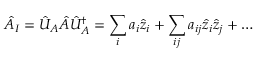
\hat { A } _ { I } = \hat { U } _ { A } \hat { A } \hat { U } _ { A } ^ { \dagger } = \sum _ { i } a _ { i } \hat { z } _ { i } + \sum _ { i j } a _ { i j } \hat { z } _ { i } \hat { z } _ { j } + \dots